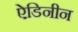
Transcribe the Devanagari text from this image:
ऐडिनीन